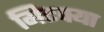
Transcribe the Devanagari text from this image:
मिटक्या